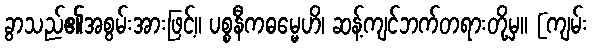
ခွာသည်၏အစွမ်းအားဖြင့်။ ပစ္စနီကဓမ္မေဟိ၊ ဆန့်ကျင်ဘက်တရားတို့မှ။ [ကျမ်း